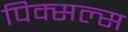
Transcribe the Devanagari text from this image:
पिक्सल्स